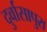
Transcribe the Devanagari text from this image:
दुर्वासापुरा